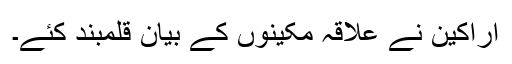
اراکین نے علاقہ مکینوں کے بیان قلمبند کئے۔